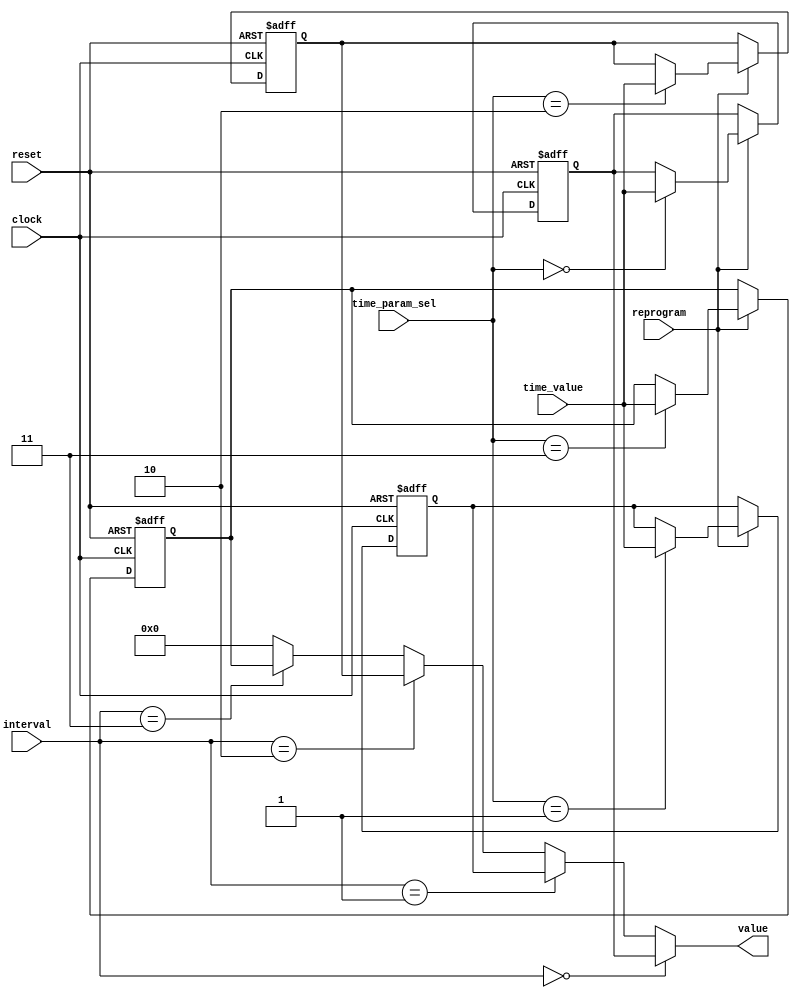
//------------------------------------------------------------
//
//
//                  TIME PARAMETERS DRIVER
//
//      github: @santosantonio1, @NathanCidal
//      version: 26/06/2024
//
//------------------------------------------------------------

`define T_ARM_DELAY       2'b00
`define T_DRIVER_DELAY    2'b01
`define T_PASSENGER_DELAY 2'b10
`define T_ALARM_ON        2'b11

module time_parameters(
    input clock,
    input reset,

    input [1:0]  time_param_sel,
    input [3:0]  time_value, 
    input        reprogram, 
    input [1:0]  interval,

    output [3:0] value
);

// Delays
reg [3:0] T_ARM_DELAY;              //Default: 0110 - 00
reg [3:0] T_DRIVER_DELAY;           //Default: 1000 - 01
reg [3:0] T_PASSENGER_DELAY;        //Default: 1111 - 10
reg [3:0] T_ALARM_ON;               //Default: 1010 - 11

always @(posedge clock, posedge reset) begin
    if(reset) begin
        T_ARM_DELAY       <= 4'b0110;   // 6
        T_DRIVER_DELAY    <= 4'b1000;   // 8
        T_PASSENGER_DELAY <= 4'b1111;   // F
        T_ALARM_ON        <= 4'b1010;   // 10
    end
    else begin
        if(reprogram) begin
            case(time_param_sel)
                2'b00: T_ARM_DELAY       <= time_value;
                2'b01: T_DRIVER_DELAY    <= time_value;
                2'b10: T_PASSENGER_DELAY <= time_value;
                2'b11: T_ALARM_ON        <= time_value;
                default: T_ALARM_ON      <= time_value;
            endcase
        end
    end
end

assign value  =  (interval == `T_ARM_DELAY)         ? T_ARM_DELAY      :
                 (interval == `T_DRIVER_DELAY)      ? T_DRIVER_DELAY   :
                 (interval == `T_PASSENGER_DELAY)   ? T_PASSENGER_DELAY: 
                 (interval == `T_ALARM_ON)          ? T_ALARM_ON : 4'b0000;


endmodule